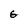
Character: G